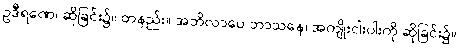
ဥဒီရဏေ၊ ဆိုခြင်း၌။ တနည်း။ အဘိလာပေ ဘာသနေ၊ အကျိုးငါးပါးကို ဆိုခြင်း၌။